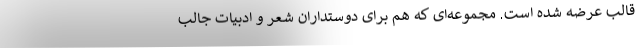
قالب عرضه شده است. مجموعه‌ای که هم برای دوستداران شعر و ادبیات جالب